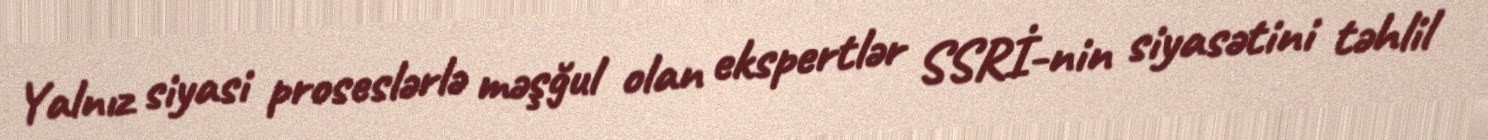
Yalnız siyasi proseslərlə məşğul olan ekspertlər SSRİ-nin siyasətini təhlil